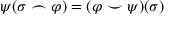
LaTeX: \psi ( \sigma \frown \varphi ) = ( \varphi \smile \psi ) ( \sigma )